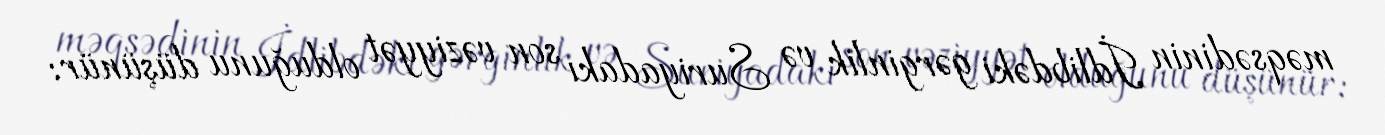
məqsədinin İdlibdəki gərginlik və Suriyadakı son vəziyyət olduğunu düşünür: